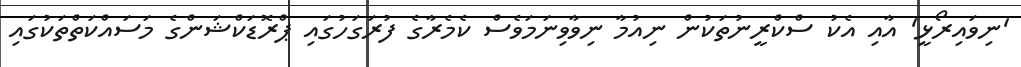
'ނިވައިރޯޅީ' އާއި އެކު ސްކްރީނުތަކުން ނިއުމާ ނިވާވިނަމަވެސް ކެމެރާގެ ފުރަގަހުގައި ޕްރޮޑަކްޝަންގެ މަސައްކަތްތަކުގައި